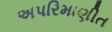
અપરિમાણીત